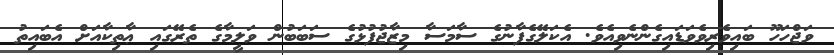
ވަޖްހަހޫ ބައިވެރިވެވަޑައިގެންނެވިއެވެ. އެކަލޭގެފާނުގެ ސާމަސާ މިޒާޖުފުޅުގެ ސަބަބުން ވަލީމާގެ ތެރޭގައި ޢާތިކާއަށް އެބައިތު